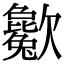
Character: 𣤱